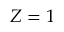
Z = 1